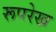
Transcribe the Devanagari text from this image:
रूपरेख